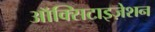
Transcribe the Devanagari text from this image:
ऑक्सिटाइज़ेशन